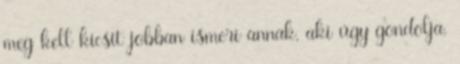
meg kell kicsit jobban ismeri annak, aki úgy gondolja,